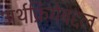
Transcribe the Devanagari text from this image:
अर्थक्रियेबद्दल